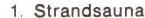
1. Strandsauna